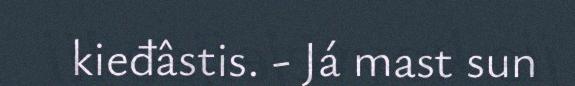
kieđâstis. - Já mast sun